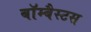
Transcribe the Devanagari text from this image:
बॉम्बैस्टस